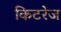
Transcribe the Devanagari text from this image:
किटरेज